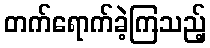
တက်ရောက်ခဲ့ကြသည့်